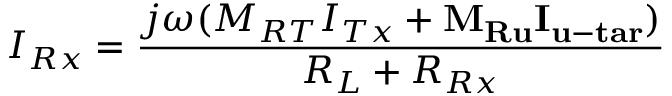
{ I _ { R x } } = \frac { { j \omega ( { M _ { R T } } { I _ { T x } } + { { \mathbf { M } } _ { { \mathbf { R u } } } } { { \mathbf { I } } _ { { \mathbf { u - t a r } } } } ) } } { { { R _ { L } } + { R _ { R x } } } }